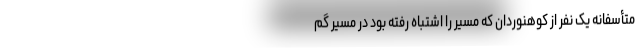
متأسفانه یک نفر از کوهنوردان که مسیر را اشتباه رفته بود در مسیر گم